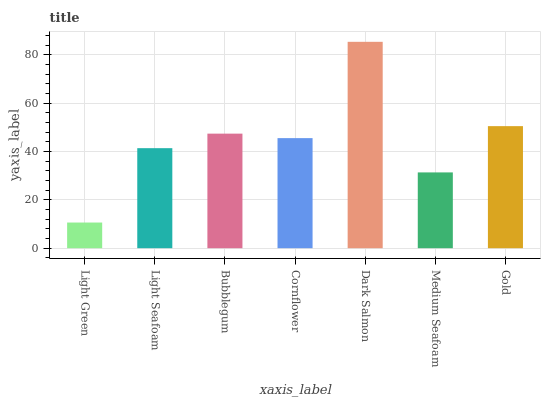
| xaxis_label | bars |
 | --- | --- |
 | Light Green | 10.6 |
 | Light Seafoam | 41.4 |
 | Bubblegum | 47.4 |
 | Cornflower | 45.6 |
 | Dark Salmon | 85.4 |
 | Medium Seafoam | 31.4 |
 | Gold | 50.5 |